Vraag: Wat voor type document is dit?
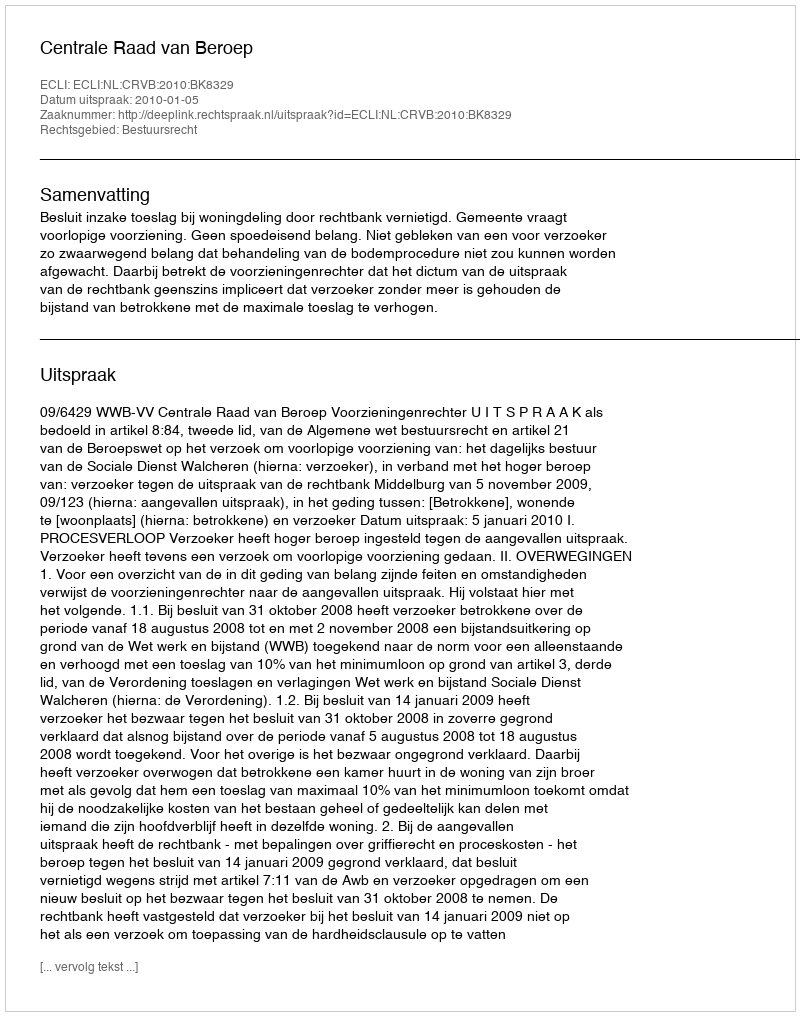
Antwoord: Uitspraak